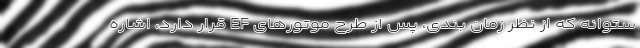
ستوانه که از نظر زمان بندی، پس از طرح موتورهای EF قرار دارد، اشاره